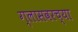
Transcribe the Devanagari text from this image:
ग्लासवरच्या